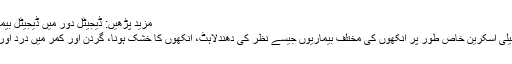
مزید پڑھیں: ڈیجیٹل دور میں ڈیجیٹل بیماریوں کو خوش آمدید کہیں
ان کے مطابق موبائل کی نیلی اسکرین خاص طور پر آنکھوں کی مختلف بیماریوں جیسے نظر کی دھندلاہٹ، آنکھوں کا خشک ہونا، گردن اور کمر میں درد اور سر درد کا سبب بنتی ہیں۔